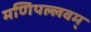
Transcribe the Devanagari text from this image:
मणिपल्लवम्